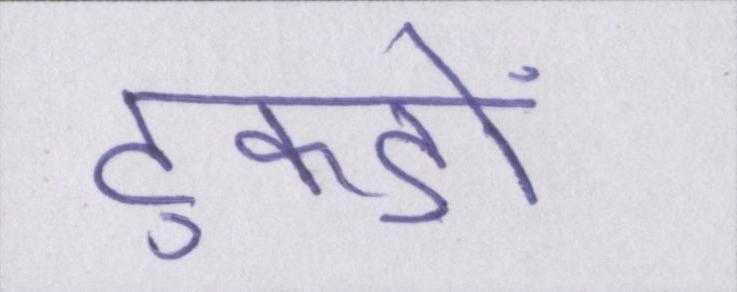
टुकड़ों